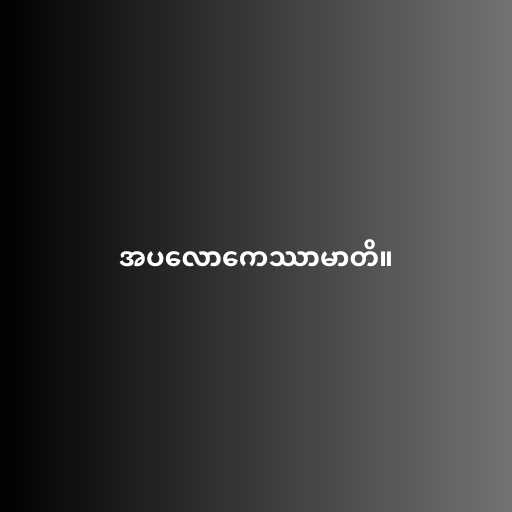
အပလောကေဿာမာတိ။